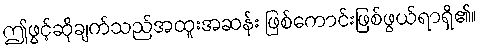
ဤဖွင့်ဆိုချက်သည်အထူးအဆန်း ဖြစ်ကောင်းဖြစ်ဖွယ်ရာရှိ၏။